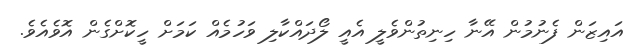
އައިޒަން ފެނުމުން އޭނާ ހިނިތުންވެލީ އެއީ ލޯދައްކާލި ވަހުމެއް ކަމަށް ހީކޮށްގެން އޮވެއެވެ.